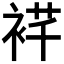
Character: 𬡙